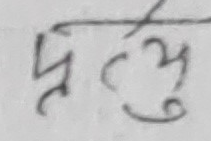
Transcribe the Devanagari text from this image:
प्रत्यु